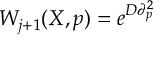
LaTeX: W _ { j + 1 } ( X , p ) = e ^ { D \partial _ { p } ^ { 2 } }